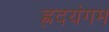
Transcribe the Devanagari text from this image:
ह्रदयंगम